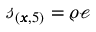
\mathscr { s } _ { ( \pmb { x } , 5 ) } = \varrho \mathscr { e }